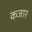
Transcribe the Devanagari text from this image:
कजार